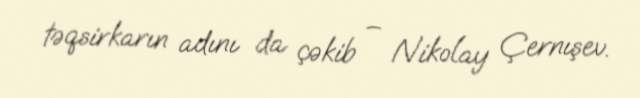
təqsirkarın adını da çəkib – Nikolay Çernışev.